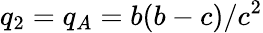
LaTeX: q_{2}=q_{A}=b(b-c)/c^{2}